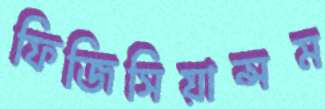
ফিজিসিয়ান্সম